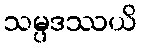
သမ္ပဒဿယိ